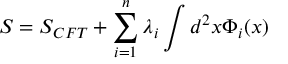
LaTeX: S = S _ { C F T } + \sum _ { i = 1 } ^ { n } \lambda _ { i } \int d ^ { 2 } x \Phi _ { i } ( x )